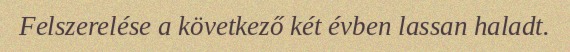
Felszerelése a következő két évben lassan haladt.